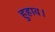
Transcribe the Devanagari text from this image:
हुहाव।